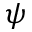
\psi